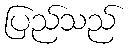
ပြည်သည်